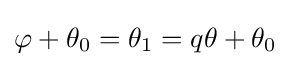
\varphi +\theta _{0}=\theta _{1}=q\theta +\theta _{0}